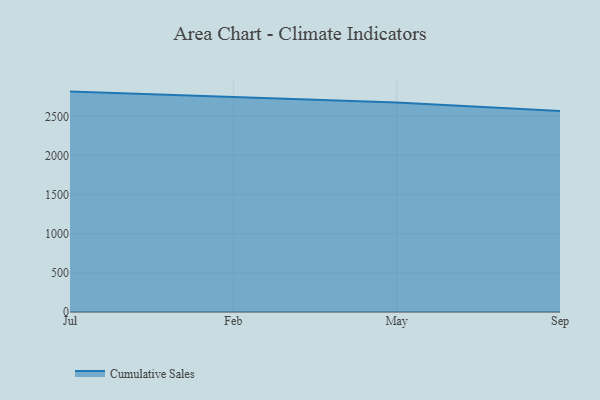
{"axis": {"x": "Month", "y": "Waste Production (Tons)"}, "legend": ["Cumulative Sales"], "data": [{"x": "Jul", "y": 2815.8, "type": "Cumulative Sales"}, {"x": "Feb", "y": 2745.6, "type": "Cumulative Sales"}, {"x": "May", "y": 2675.7, "type": "Cumulative Sales"}, {"x": "Sep", "y": 2568.3, "type": "Cumulative Sales"}]}